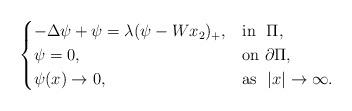
LaTeX: \begin{align*}\begin{cases}-\Delta \psi +\psi =\lambda (\psi -Wx_2)_+, &\mathrm{in}\ \ \Pi ,\\\psi =0,&\mathrm{on} \ \partial \Pi ,\\\psi(x) \rightarrow 0,&\mathrm{as}\ \ |x|\rightarrow \infty .\\\end{cases}\end{align*}